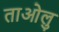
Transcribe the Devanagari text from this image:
ताओलु